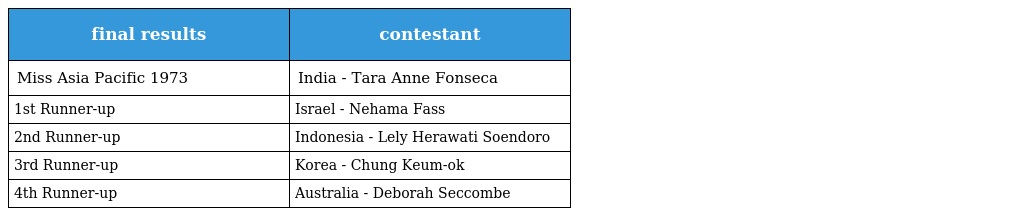
| final results | contestant |
 | --- | --- |
 | Miss Asia Pacific 1973 | India - Tara Anne Fonseca |
 | 1st Runner-up | Israel - Nehama Fass |
 | 2nd Runner-up | Indonesia - Lely Herawati Soendoro |
 | 3rd Runner-up | Korea - Chung Keum-ok |
 | 4th Runner-up | Australia - Deborah Seccombe |